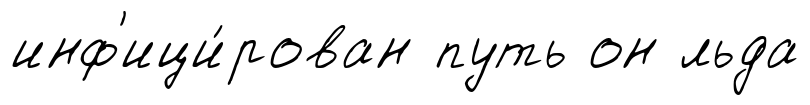
инф'ици́рован путь он льда